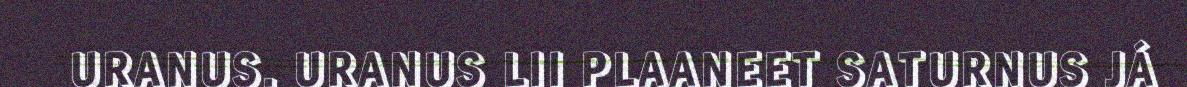
URANUS. URANUS LII PLAANEET SATURNUS JÁ